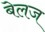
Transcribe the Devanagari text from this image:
बेलज